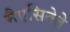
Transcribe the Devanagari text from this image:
मैएसितेते